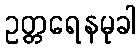
ဥတ္တရေနမုခါ